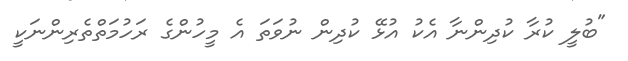
"ބުލީ ކުރާ ކުދިންނާ އެކު އުޅޭ ކުދިން ނުވަތަ އެ މީހުންގެ ރަހުމަތްތެރިންނަކީ